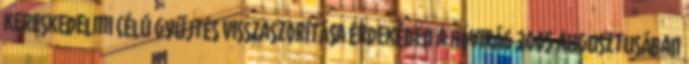
kereskedelmi célú gyűjtés visszaszorítása érdekében a hóvirág 2005 augusztusában